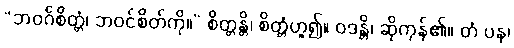
“ဘဝင်္ဂစိတ္တံ၊ ဘဝင်စိတ်ကို။” စိတ္တန္တိ၊ စိတ္တံဟူ၍။ ဝဒန္တိ၊ ဆိုကုန်၏။ တံ ပန၊